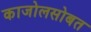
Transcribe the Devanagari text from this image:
काजोलसोबत